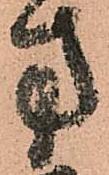
方